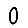
Digit: 0